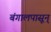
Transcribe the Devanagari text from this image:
बंगालपासून्